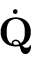
\dot { \mathbf { Q } }